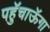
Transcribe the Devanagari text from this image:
पहुॅचाऊॅगा